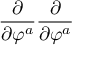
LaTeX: \frac \partial { \partial \varphi ^ { a } } \frac \partial { \partial \varphi ^ { a } }